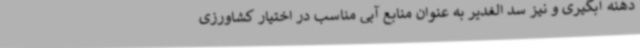
دهنه آبگیری و نیز سد الغدیر به عنوان منابع آبی مناسب در اختیار کشاورزی